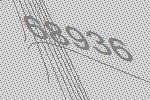
68936